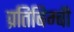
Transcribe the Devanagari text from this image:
प्रतिबिम्बी